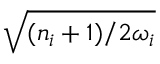
\sqrt { ( n _ { i } + 1 ) / { 2 \omega _ { i } } }